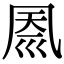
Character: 𠙗